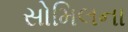
સોમિલના